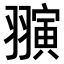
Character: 𬚈